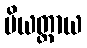
ပိယတ္တာယ